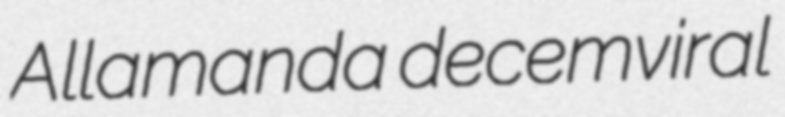
Allamanda decemviral